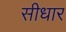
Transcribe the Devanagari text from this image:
सीधार